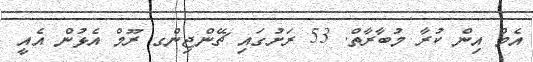
އެމް އިން ކުރާ މުބާރާތް. 53 ރަށުގައި ޗޭންޖިންގ ރޫމް އެޅުން އެއީ